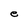
Character: e